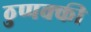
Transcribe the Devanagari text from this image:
ठुप्पक्की